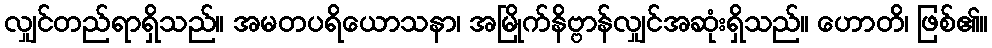
လျှင်တည်ရာရှိသည်။ အမတပရိယောသနာ၊ အမြိုက်နိဗ္ဗာန်လျှင်အဆုံးရှိသည်။ ဟောတိ၊ ဖြစ်၏။